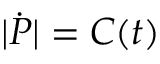
| { \dot { P } } | = C ( t )